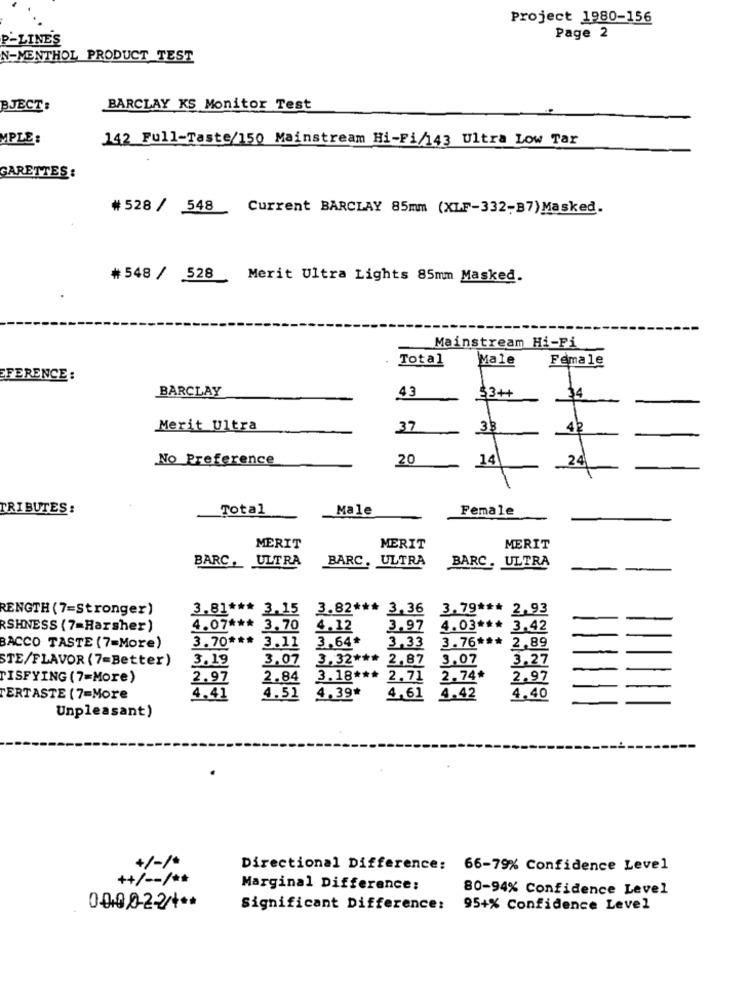
Project 1980-156
P-LINES
Page 2
N-MENTHOL PRODUCT TEST
BJECT:
BARCLAY KS Monitor Test
MPLE
142 Full-Taste/150 Mainstream Hi-Fi/143 Ultra Low Tar
GARETTES :
# 528 / 548
Current BARCLAY 85mm (XLF-332-B7)Masked.
# 548 / 528
Merit Ultra Lights 85mm Masked.
Mainstream Hi-Fi
Total
Male
Female
EFERENCE:
BARCLAY
43
33+
34
Merit Ultra
37
33
42
No Preference
20
14
24
TRIBUTES:
Total
Male
Female
MERIT
MERIT
MERIT
BARC, ULTRA
BARC, ULTRA
BARC. ULTRA
RENGTH (7=Stronger)
3.81 *** 3.15 3.82 *** 3.36 3.79 *** 2.93
RSHNESS (7=Harsher)
4.07 *** 3.70
4.12
3.97
4.03 *** 3.42
3.70 *** 3.11
3.64*
BACCO TASTE (7=More)
3,33
3.76 *** 2.89
STE/FLAVOR (7=Better)
3.19
3.07
3.32 *** 2.87
3.07
3.27
TISFYING (7=More)
2.97
2.84 3.18 *** 2.71
2.74*
2.97
TERTASTE (7=More
4.41
4.52
4.39*
4,61
4.42
4.40
Unpleasant)
+/-/
Directional Difference: 66-79% Confidence Level
++/ -- / **
Marginal Difference:
80-94% Confidence Level
0000224 **
Significant Difference:
95+% Confidence Level